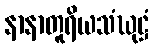
နာနာတူရိယသံဃုဋ္ဌံ